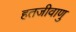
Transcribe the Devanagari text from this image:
हतजीवाणु